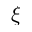
\boldsymbol { \xi }